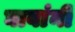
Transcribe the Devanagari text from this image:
घावांनी